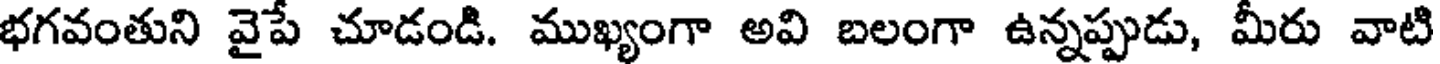
భగవంతుని వైపే చూడండి. ముఖ్యంగా అవి బలంగా ఉన్నప్పుడు, మీరు వాటి